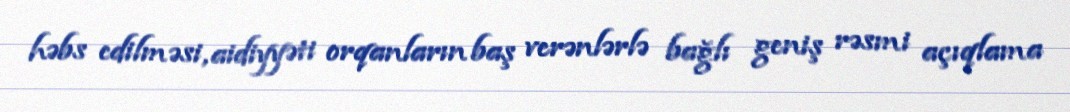
həbs edilməsi, aidiyyəti orqanların baş verənlərlə bağlı geniş rəsmi açıqlama